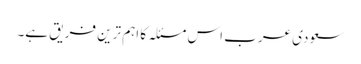
سعودی عرب اس مسئلہ کا اہم ترین فریق ہے۔